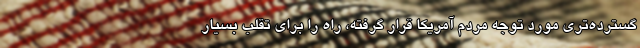
گسترده‌تری مورد توجه مردم آمریکا قرار گرفته، راه را برای تقلب بسیار